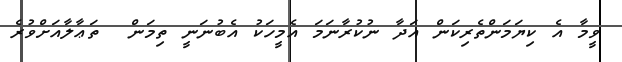
ވީމާ އެ ކިޔަމަންތެރިކަން އަދާ ނުކުރާނަމަ އެމީހަކު އެބުނަނީ ތިމަން  ތަޢާލާއަށްވުރެ